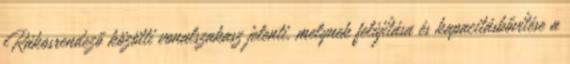
Rákosrendező közötti vonalszakasz jelenti, melynek felújítása és kapacitásbővítése a